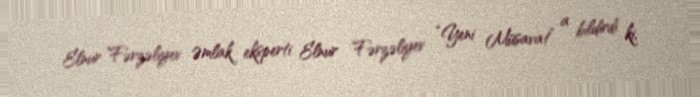
Elnur Fərzəliyev Əmlak eksperti Elnur Fərzəliyev “Yeni Müsavat” a bildirdi ki,